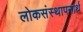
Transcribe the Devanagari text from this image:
लोकसंस्थापनार्थ